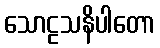
သောဠသနိပါတော